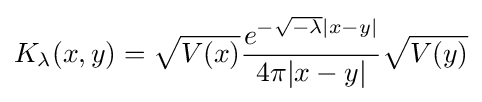
K_{\lambda }(x,y)={\sqrt {V(x)}}{\frac {e^{-{\sqrt {-\lambda }}|x-y|}}{4\pi |x-y|}}{\sqrt {V(y)}}